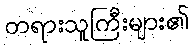
တရားသူကြီးများ၏